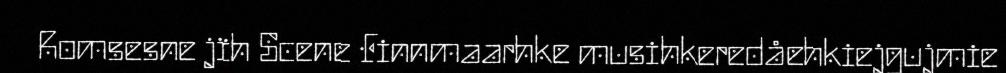
Romsesne jïh Scene Finnmaarhke musihkeredåehkiejgujmie